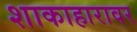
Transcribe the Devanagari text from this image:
शाकाहारावर